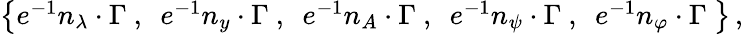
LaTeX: \begin{array}{l}{{\left\{ e^{-1}n_{\lambda}\cdot\Gamma~,~~e^{-1}n_{y}\cdot\Gamma~,~~e^{-1}n_{A}\cdot\Gamma~,~~e^{-1}n_{\psi}\cdot\Gamma~,~~e^{-1}n_{\varphi}\cdot\Gamma~\right\} \, ,}}\end{array}